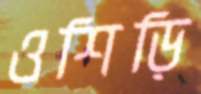
ওশিড়ি